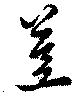
荳